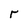
Character: r